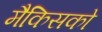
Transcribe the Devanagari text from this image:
मैकिसको